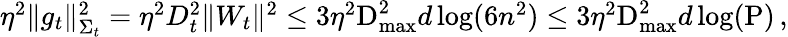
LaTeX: \begin{array}{r}{\eta^{2}\Vert g_{t}\Vert_{\Sigma_{t}}^{2}=\eta^{2}D_{t}^{2}\Vert W_{t}\Vert^{2}\leq 3\eta^{2}\textrm{D}_{\operatorname*{max}}^{2}d\log(6n^{2})\leq 3\eta^{2}\textrm{D}_{\operatorname*{max}}^{2}d\log(\textrm{P})\, ,}\end{array}